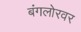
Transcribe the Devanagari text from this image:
बंगलोरवर